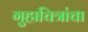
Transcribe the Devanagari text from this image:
गुहाचित्रांचा